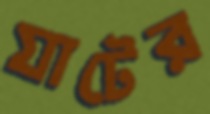
যাটের